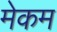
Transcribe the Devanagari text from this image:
मेकम